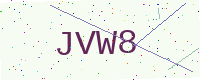
Text: JVW8